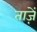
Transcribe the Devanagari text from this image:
ताज़ें